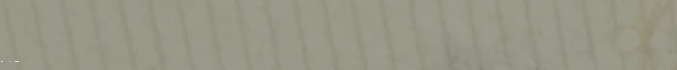
توصيل طلباتكم إلى جميع أن